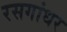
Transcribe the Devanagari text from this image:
रसगांधर